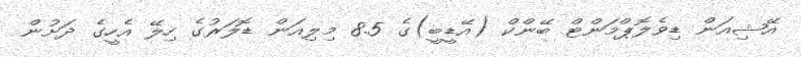
އޭޝިއަން ޑިވެލޮޕްމަންޓް ބޭންކް (އޭޑީބީ)ގެ 8.5 މިލިއަން ޑޮލަރުގެ ހިލޭ އެހީގެ ދަށުން